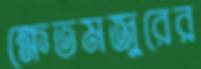
ক্ষেতমজুরের